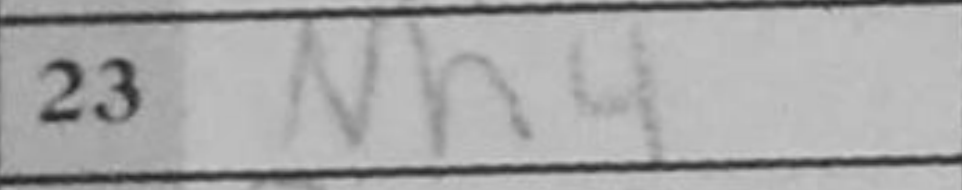
Transcription: Nh4